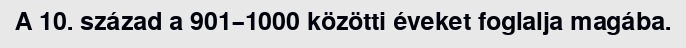
A 10. század a 901–1000 közötti éveket foglalja magába.